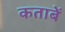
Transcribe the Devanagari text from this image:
कताबें